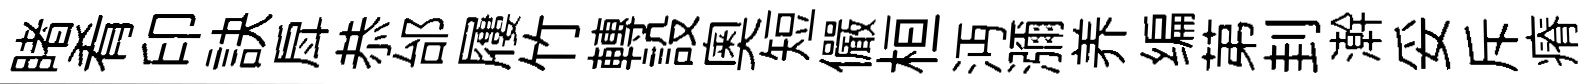
睹肴印訣戽恭邰屨竹轉設奥短儼桓沔瀰养编苐刲澣妥斥瘠